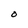
Character: O